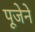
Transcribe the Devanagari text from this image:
पूजेने